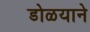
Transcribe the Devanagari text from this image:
डोळयाने